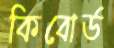
কিবোর্ড